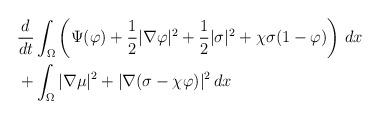
LaTeX: \begin{align*}\begin{aligned}& \frac{d}{dt} \int_{\Omega} \left ( \Psi(\varphi) + \frac{1}{2}|\nabla \varphi|^{2} + \frac{1}{2} |\sigma|^{2} + \chi \sigma (1-\varphi) \right ) \, dx \\& + \int_{\Omega} |\nabla \mu|^{2} + |\nabla (\sigma - \chi \varphi)|^{2} \, dx \end{aligned}\end{align*}